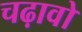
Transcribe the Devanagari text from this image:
चढ़ावो